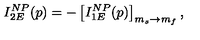
I _ { 2 E } ^ { N P } ( p ) = - \left[ I _ { 1 E } ^ { N P } ( p ) \right] _ { m _ { s } \rightarrow m _ { f } } ,